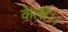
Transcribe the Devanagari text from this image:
केली।।